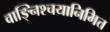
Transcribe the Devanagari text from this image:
वाङ्निश्चयानिमित्त